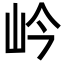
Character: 岒